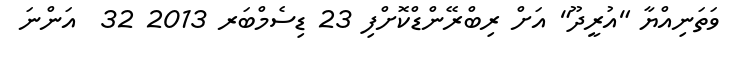
ވަތަނިއްޔާ "އުރީދޫ" އަށް ރިބްރޭންޑްކޮށްފި 23 ޑިސެމްބަރ 2013 32  އަންނަ